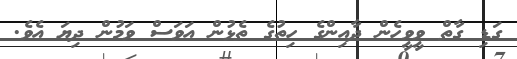
ގަޑި ގާތް ވީވީހެން ދާއިންގެ ހިތުގެ ތެޅުން އަވަސް ވަމުން ދިޔަ އެވެ.